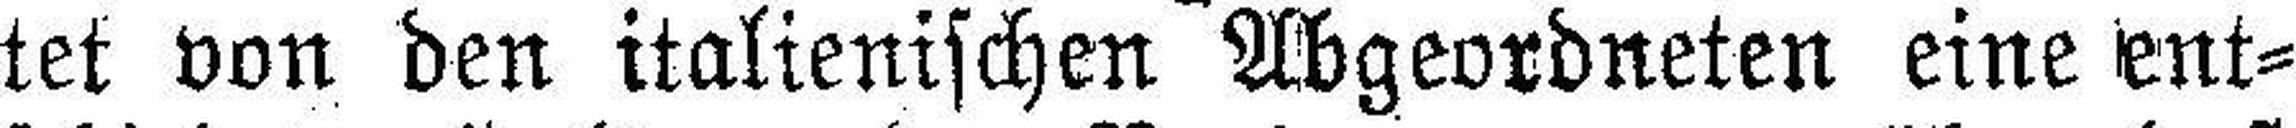
tet von den italienischen Abgeordneten eine ent¬